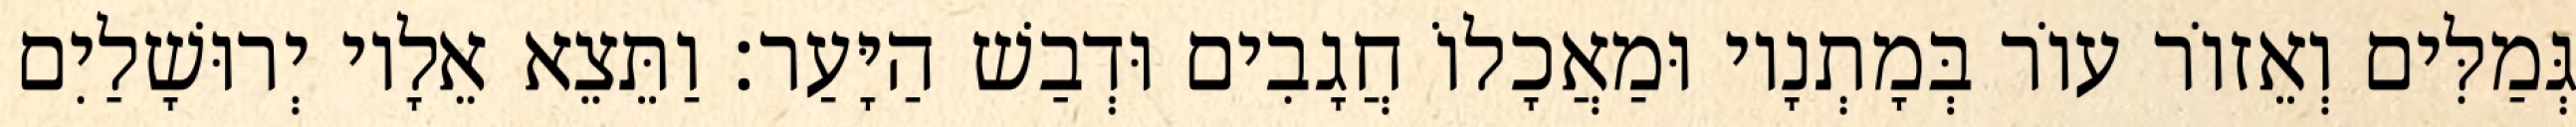
גְּמַלִּים וְאֵזוֹר עוֹר בְּמָתְנָיו וּמַאֲכָלוֹ חֲגָבִים וּדְבַשׁ הַיָּעַר׃ וַתֵּצֵא אֵלָיו יְרוּשָׁלַיִם